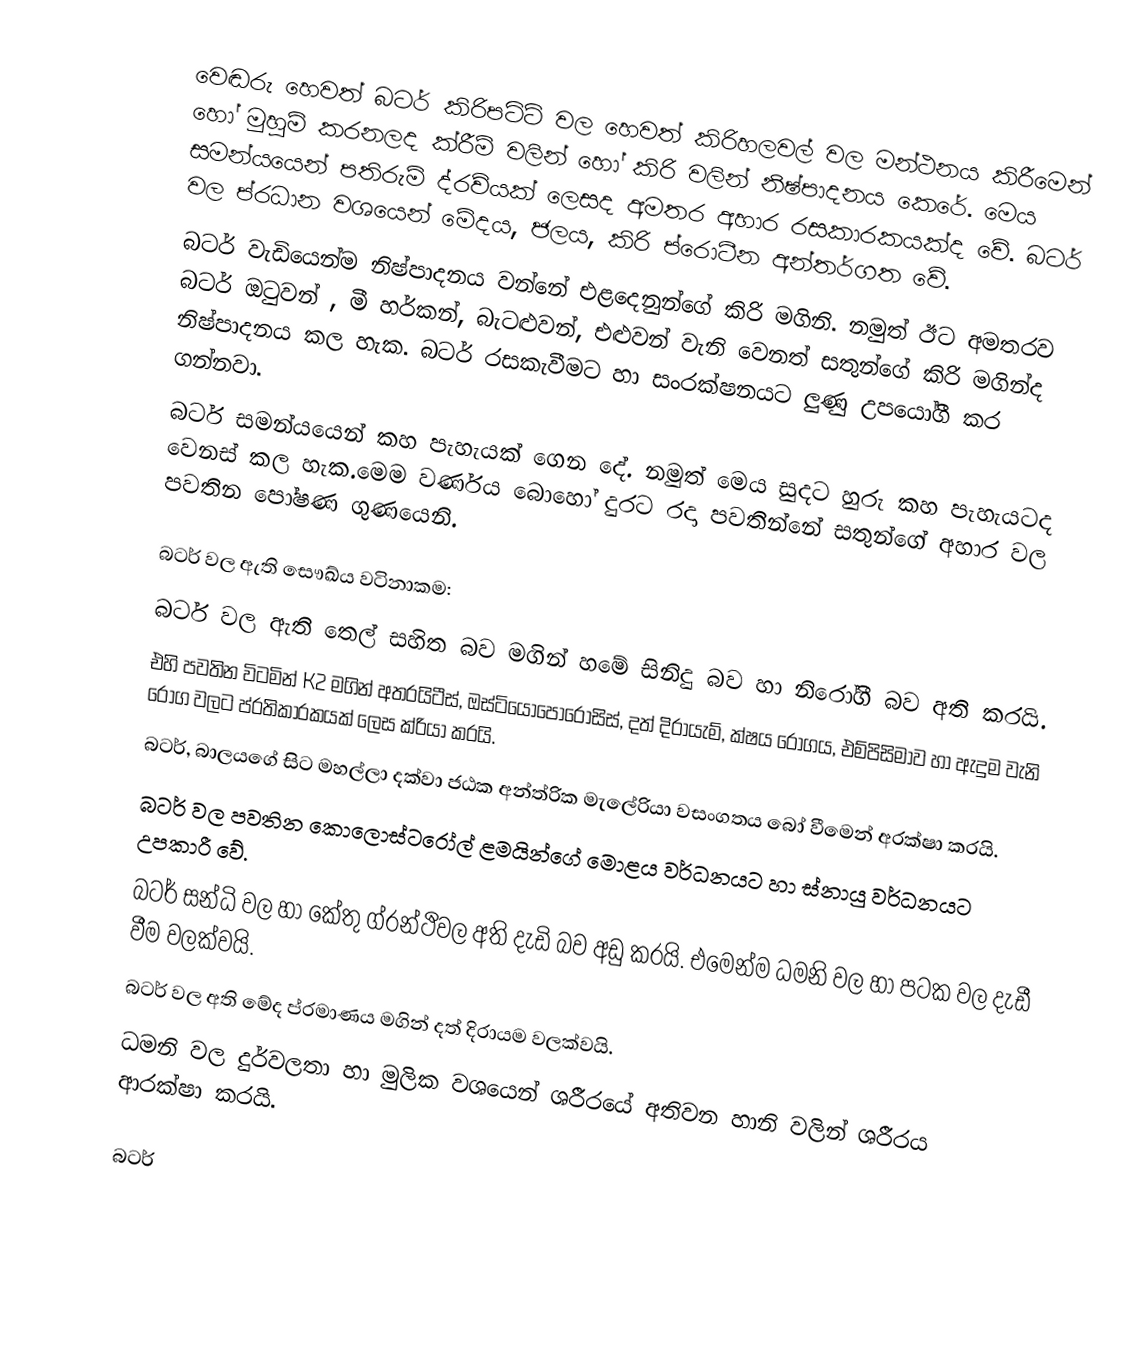
වෙඬරු හෙවත් බටර් කිරිපට්ටි වල හෙවත් කිරිහලවල් වල මන්ථනය කිරීමෙන් හෝ මුහුම් කරනලද ක්රීම් වලින් හෝ කිරි වලින් නිෂ්පාදනය කෙරේ. මෙය සමන්යයෙන් පතිරුම් ද්රව්යක් ලෙසද අමතර අහාර රසකාරකයක්ද වේ. බටර් වල ප්රධාන වශයෙන් මේදය, ජලය, කිරි ප්රොටීන අන්තර්ගත වේ.
බටර් වැඩියෙන්ම නිෂ්පාදනය වන්නේ එළදෙනුන්ගේ කිරි මගිනි. නමුත් ඊට අමතරව බටර්  ඔටුවන් , මී හර්කන්, බැටළුවන්, එළුවන් වැනි වෙනත් සතුන්ගේ කිරි මගින්ද නිෂ්පාදනය කල හැක. බටර් රසකැවීමට හා සංරක්ෂනයට ලුණු උපයෝගී කර ගන්නවා.
බටර් සමන්යයෙන් කහ පැහැයක් ගෙන දේ. නමුත් මෙය සුදට හුරු කහ පැහැයටද වෙනස් කල හැක.මෙම වර්ණය බොහෝ දුරට රදා පවතින්නේ සතුන්ගේ අහාර වල පවතින පෝෂණ ගුණයෙනි.

බටර් වල ඇති සෞඛ්ය වටිනාකම:
 බටර් වල ඇති තෙල් සහිත බව  මගින් හමේ සිනිදු බව හා නිරෝගී බව අති කරයි.
 එහි පවතින විටමින් K2 මගින් අතරයිටීස්, ඔස්ටියෝපොරෝසිස්, දත් දිරායැම්, ක්ෂය රෝගය, එම්පිසිමාව හා ඇදුම වැනි රෝග වලට ප්රතිකාරකයක් ලෙස ක්රියා කරයි.
 බටර්, බාලයගේ සිට මහල්ලා දක්වා ජඨක අන්ත්රික මැලේරියා වසංගතය බෝ වීමෙන් අරක්ෂා කරයි.
 බටර් වල පවතින කොලොස්ටරෝල් ළමයින්ගේ මොළය වර්ධනයට හා ස්නායු වර්ධනයට උපකාරී වේ.
 බටර් සන්ධි වල හා කේතු ග්රන්ථිවල අති දැඩි බව අඩු කරයි. එමෙන්ම ධමනි වල හා පටක වල දැඩී වීම වලක්වයි.
 බටර් වල අති මේද ප්රමාණය මගින් දත් දිරායම වලක්වයි.
 ධමනි වල දුර්වලතා හා මුලික වශයෙන් ශරීරයේ අතිවන හානි වලින් ශරීරය ආරක්ෂා කරයි.

බටර්